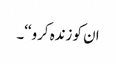
ان کو زندہ کرو‘‘۔